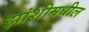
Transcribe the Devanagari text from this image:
झांशीमधील